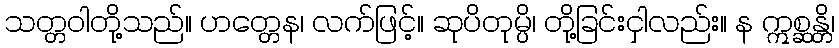
သတ္တဝါတို့သည်။ ဟတ္တေန၊ လက်ဖြင့်။ ဆုပိတုမ္ပိ၊ တို့ခြင်းငှါလည်း။ န ဣစ္ဆန္တိ၊